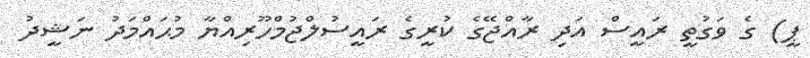
ޕީ) ގެ ވަގުތީ ރައީސް އަދި ރާއްޖޭގެ ކުރީގެ ރައީސުލްޖުމްހޫރިއްޔާ މުޙައްމަދު ނަޝީދު